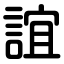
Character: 誼